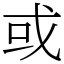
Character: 或